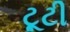
ટૂટી